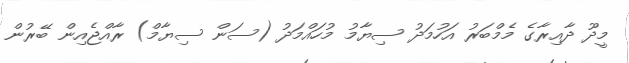
މީދޫ ދާއިރާގެ މެމްބަރު އަހުމަދު ސިޔާމު މުހައްމަދު (ސަން ސިޔާމް) ރާއްޖެއިން ބޭރުން